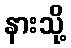
နားသို့